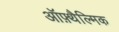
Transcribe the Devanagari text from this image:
ऑफ़्थैल्मिक